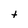
Character: t